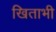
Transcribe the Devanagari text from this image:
खिताभी